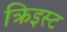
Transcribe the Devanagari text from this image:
क्रिइस्ट